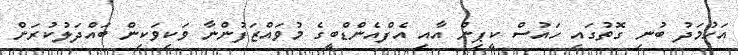
އަހުމަދު ބުނި ގޮތުގައި ހައުސް ކީޕިން އާއި އެފްއެންޑްބީގެ މުވައްޒަފުންނާ ވަކިވަކިން ބައްދަލުކުރަން